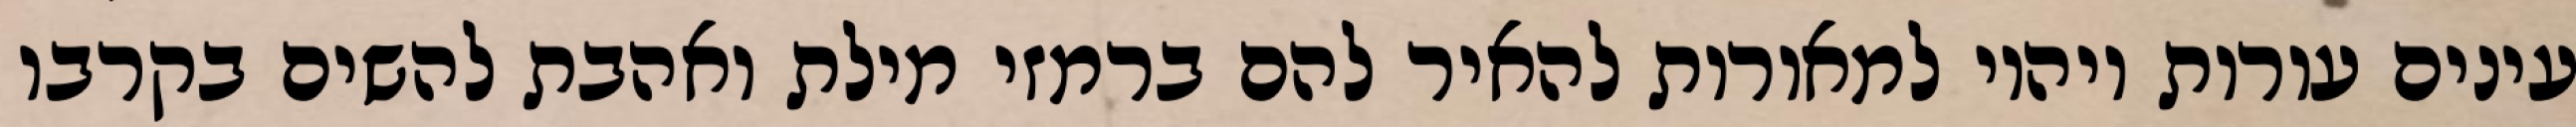
עינים עורות ויהיו למאורות להאיר להם ברמזי מילת ואהבת להשים בקרבו